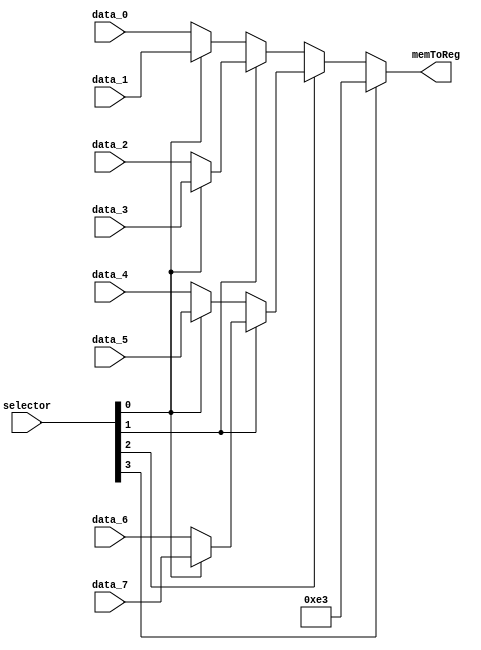
module mux_memToReg(
    input wire [3:0] selector,
    input wire [31:0] data_0,
    input wire [31:0] data_1,
    input wire [31:0] data_2,
    input wire [31:0] data_3,
    input wire [31:0] data_4,
    input wire [31:0] data_5,
    input wire [31:0] data_6,
    input wire [31:0] data_7,

    output wire [31:0] memToReg
);

    wire [31:0] A1; 
    wire [31:0] A2;
    wire [31:0] A3;
    wire [31:0] A4;
    wire [31:0] A5;
    wire [31:0] A6;
    wire [31:0] A7;

    assign A1 = (selector[0]) ? data_1 : data_0; 
    assign A2 = (selector[0]) ? data_3 : data_2; 
    assign A5 = (selector[1]) ? A2 : A1; 
 
    assign A3 = (selector[0]) ? data_5 : data_4; 
    assign A4 = (selector[0]) ? data_7 : data_6;
    assign A6 = (selector[1]) ? A4 : A3;

    assign A7 = (selector[2]) ? A6 : A5;

    assign memToReg = (selector[3]) ? 32'b00000000000000000000000011100011 : A7;


endmodule